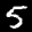
Label: 5